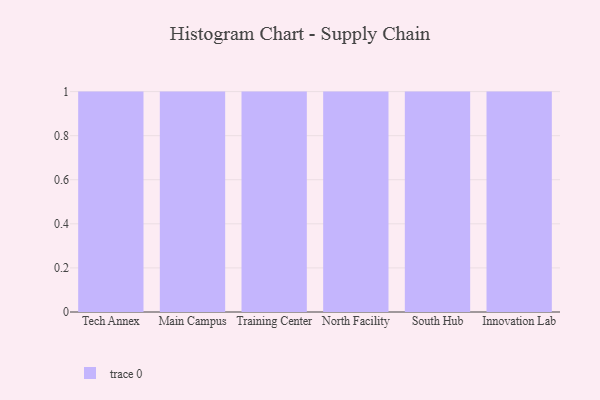
{"axis": {"x": "Campus", "y": "Latency (ms)"}, "legend": [""], "data": [{"x": "Tech Annex", "y": 92, "type": ""}, {"x": "Main Campus", "y": 96, "type": ""}, {"x": "Training Center", "y": 3, "type": ""}, {"x": "North Facility", "y": 34, "type": ""}, {"x": "South Hub", "y": 20, "type": ""}, {"x": "Innovation Lab", "y": 55, "type": ""}]}